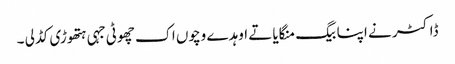
ڈاکٹر نے اپنا بیگ منگایا تے اوہد ے وچوں اک چھوٹی جہی ہتھوڑی کڈ لی ۔